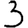
Digit: 3